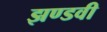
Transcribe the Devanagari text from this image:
झण्डवी